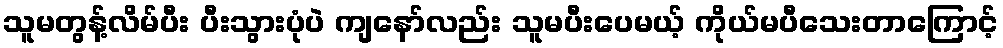
သူမတွန့်လိမ်ပီး ပီးသွားပုံပဲ ကျနော်လည်း သူမပီးပေမယ့် ကိုယ်မပီသေးတာကြောင့်